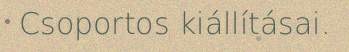
Csoportos kiállításai.